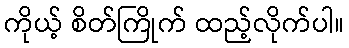
ကိုယ့် စိတ်ကြိုက် ထည့်လိုက်ပါ။